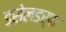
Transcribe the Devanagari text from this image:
डसेलडर्फ